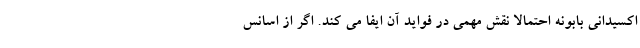
اکسیدانی بابونه احتمالا نقش مهمی در فواید آن ایفا می کند. اگر از اسانس